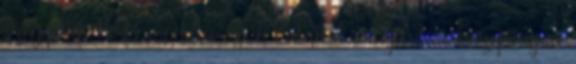
szégyelni. Ki is mondta ezt? Valahol a nyelvtan közepetáján